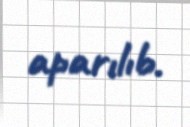
aparılıb.